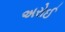
અરોઈ